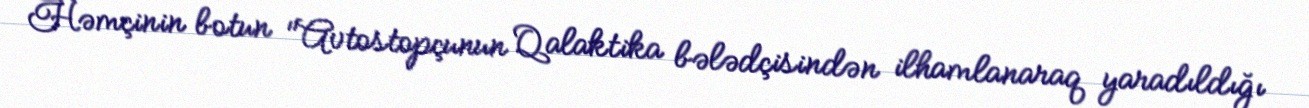
Həmçinin botun "Avtostopçunun Qalaktika bələdçisindən ilhamlanaraq yaradıldığı